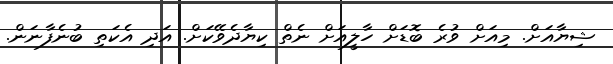
ޝިޔާއަށް. މިއަށް ވުރެ ބޮޑަށް ހާލީއަށް ނެތް ކިޔާދެވޭކަށް. އަދި އެކަތި ބުނެފާނަން.